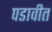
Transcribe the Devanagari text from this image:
पडावीत